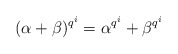
\begin{align*}(\alpha+\beta)^{q^i}=\alpha^{q^i}+\beta^{q^i}\end{align*}